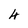
Character: 4